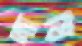
দায়ি